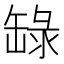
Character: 𬙐